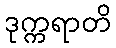
ဒုက္ကရာတိ